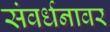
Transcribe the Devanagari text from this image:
संवर्धनावर